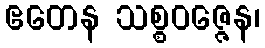
ဧတေန သစ္စဝဇ္ဇေန၊